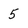
Character: 5